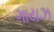
ગાયઝ